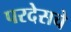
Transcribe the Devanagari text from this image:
परदेसचे